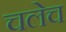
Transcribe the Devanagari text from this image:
चलेच